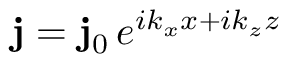
{ \bf j } = { \bf j } _ { 0 } \, e ^ { i k _ { x } x + i k _ { z } z }